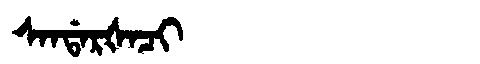
Manchu: ᠰᠠᠨᡩᠠᡵᡧᠠᠴᡳ
Romanization: SANDARŠACI